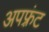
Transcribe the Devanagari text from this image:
अपफ़्रंट